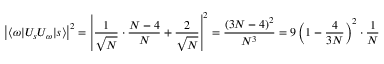
\left| \langle \omega | U _ { s } U _ { \omega } | s \rangle \right| ^ { 2 } = \left| { \frac { 1 } { \sqrt { N } } } \cdot { \frac { N - 4 } { N } } + { \frac { 2 } { \sqrt { N } } } \right| ^ { 2 } = { \frac { ( 3 N - 4 ) ^ { 2 } } { N ^ { 3 } } } = 9 \left( 1 - { \frac { 4 } { 3 N } } \right) ^ { 2 } \cdot { \frac { 1 } { N } }